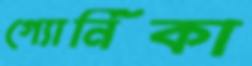
গ্যোর্নিকা